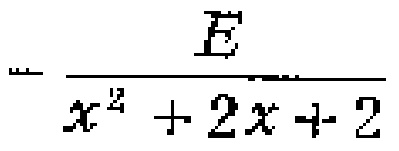
\(=\frac{E}{x^{2}+2x + 2}\)